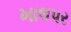
ખાલપર